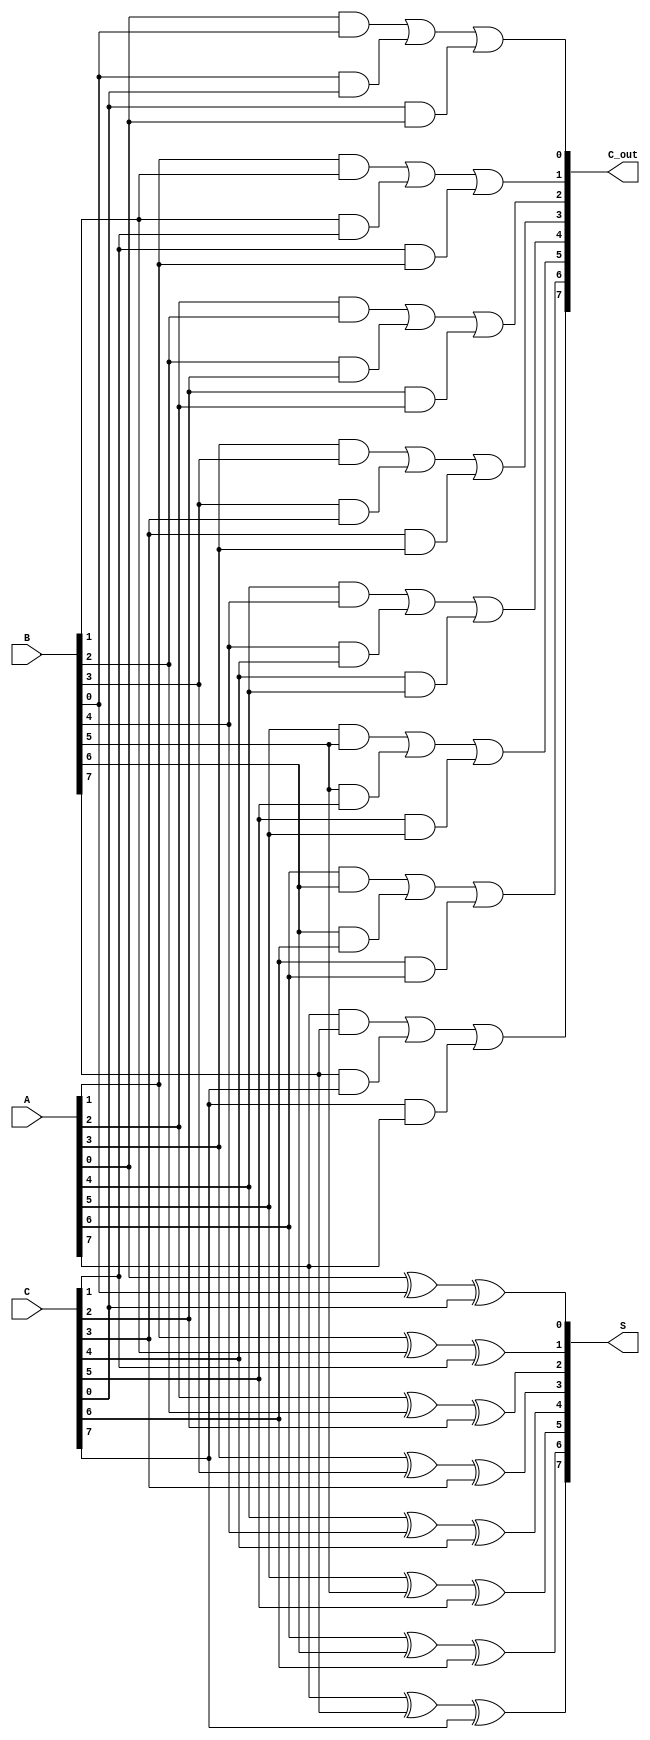
module CarrySaveAdder #(parameter n = 8) (
    input  [n-1:0] A,  // First input
    input  [n-1:0] B,  // Second input
    input  [n-1:0] C,  // Third input
    output [n-1:0] S,  // Sum output
    output [n-1:0] C_out // Carry output
);

    // Intermediate wires for carry bits
    wire [n-1:0] carry;

    // Generate the sum and carry outputs for each bit
    genvar i;
    generate
        for (i = 0; i < n; i = i + 1) begin : CSA
            // Sum calculation
            assign S[i] = A[i] ^ B[i] ^ C[i];

            // Carry calculation
            assign carry[i] = (A[i] & B[i]) | (B[i] & C[i]) | (C[i] & A[i]);
        end
    endgenerate

    // Assign the carry output
    assign C_out = carry;

endmodule